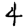
Digit: 4